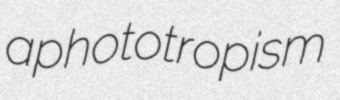
aphototropism